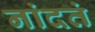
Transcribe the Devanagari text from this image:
नांदतं